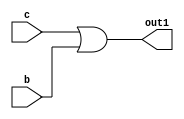
module ALW_NR_MSLV (b, c, out1);
   input b;
   input c;
   output out1;
   reg out1;
   reg a;
   always @(a or b or c)
   begin
      out1 = a | b;
      a = c;
   end
endmodule